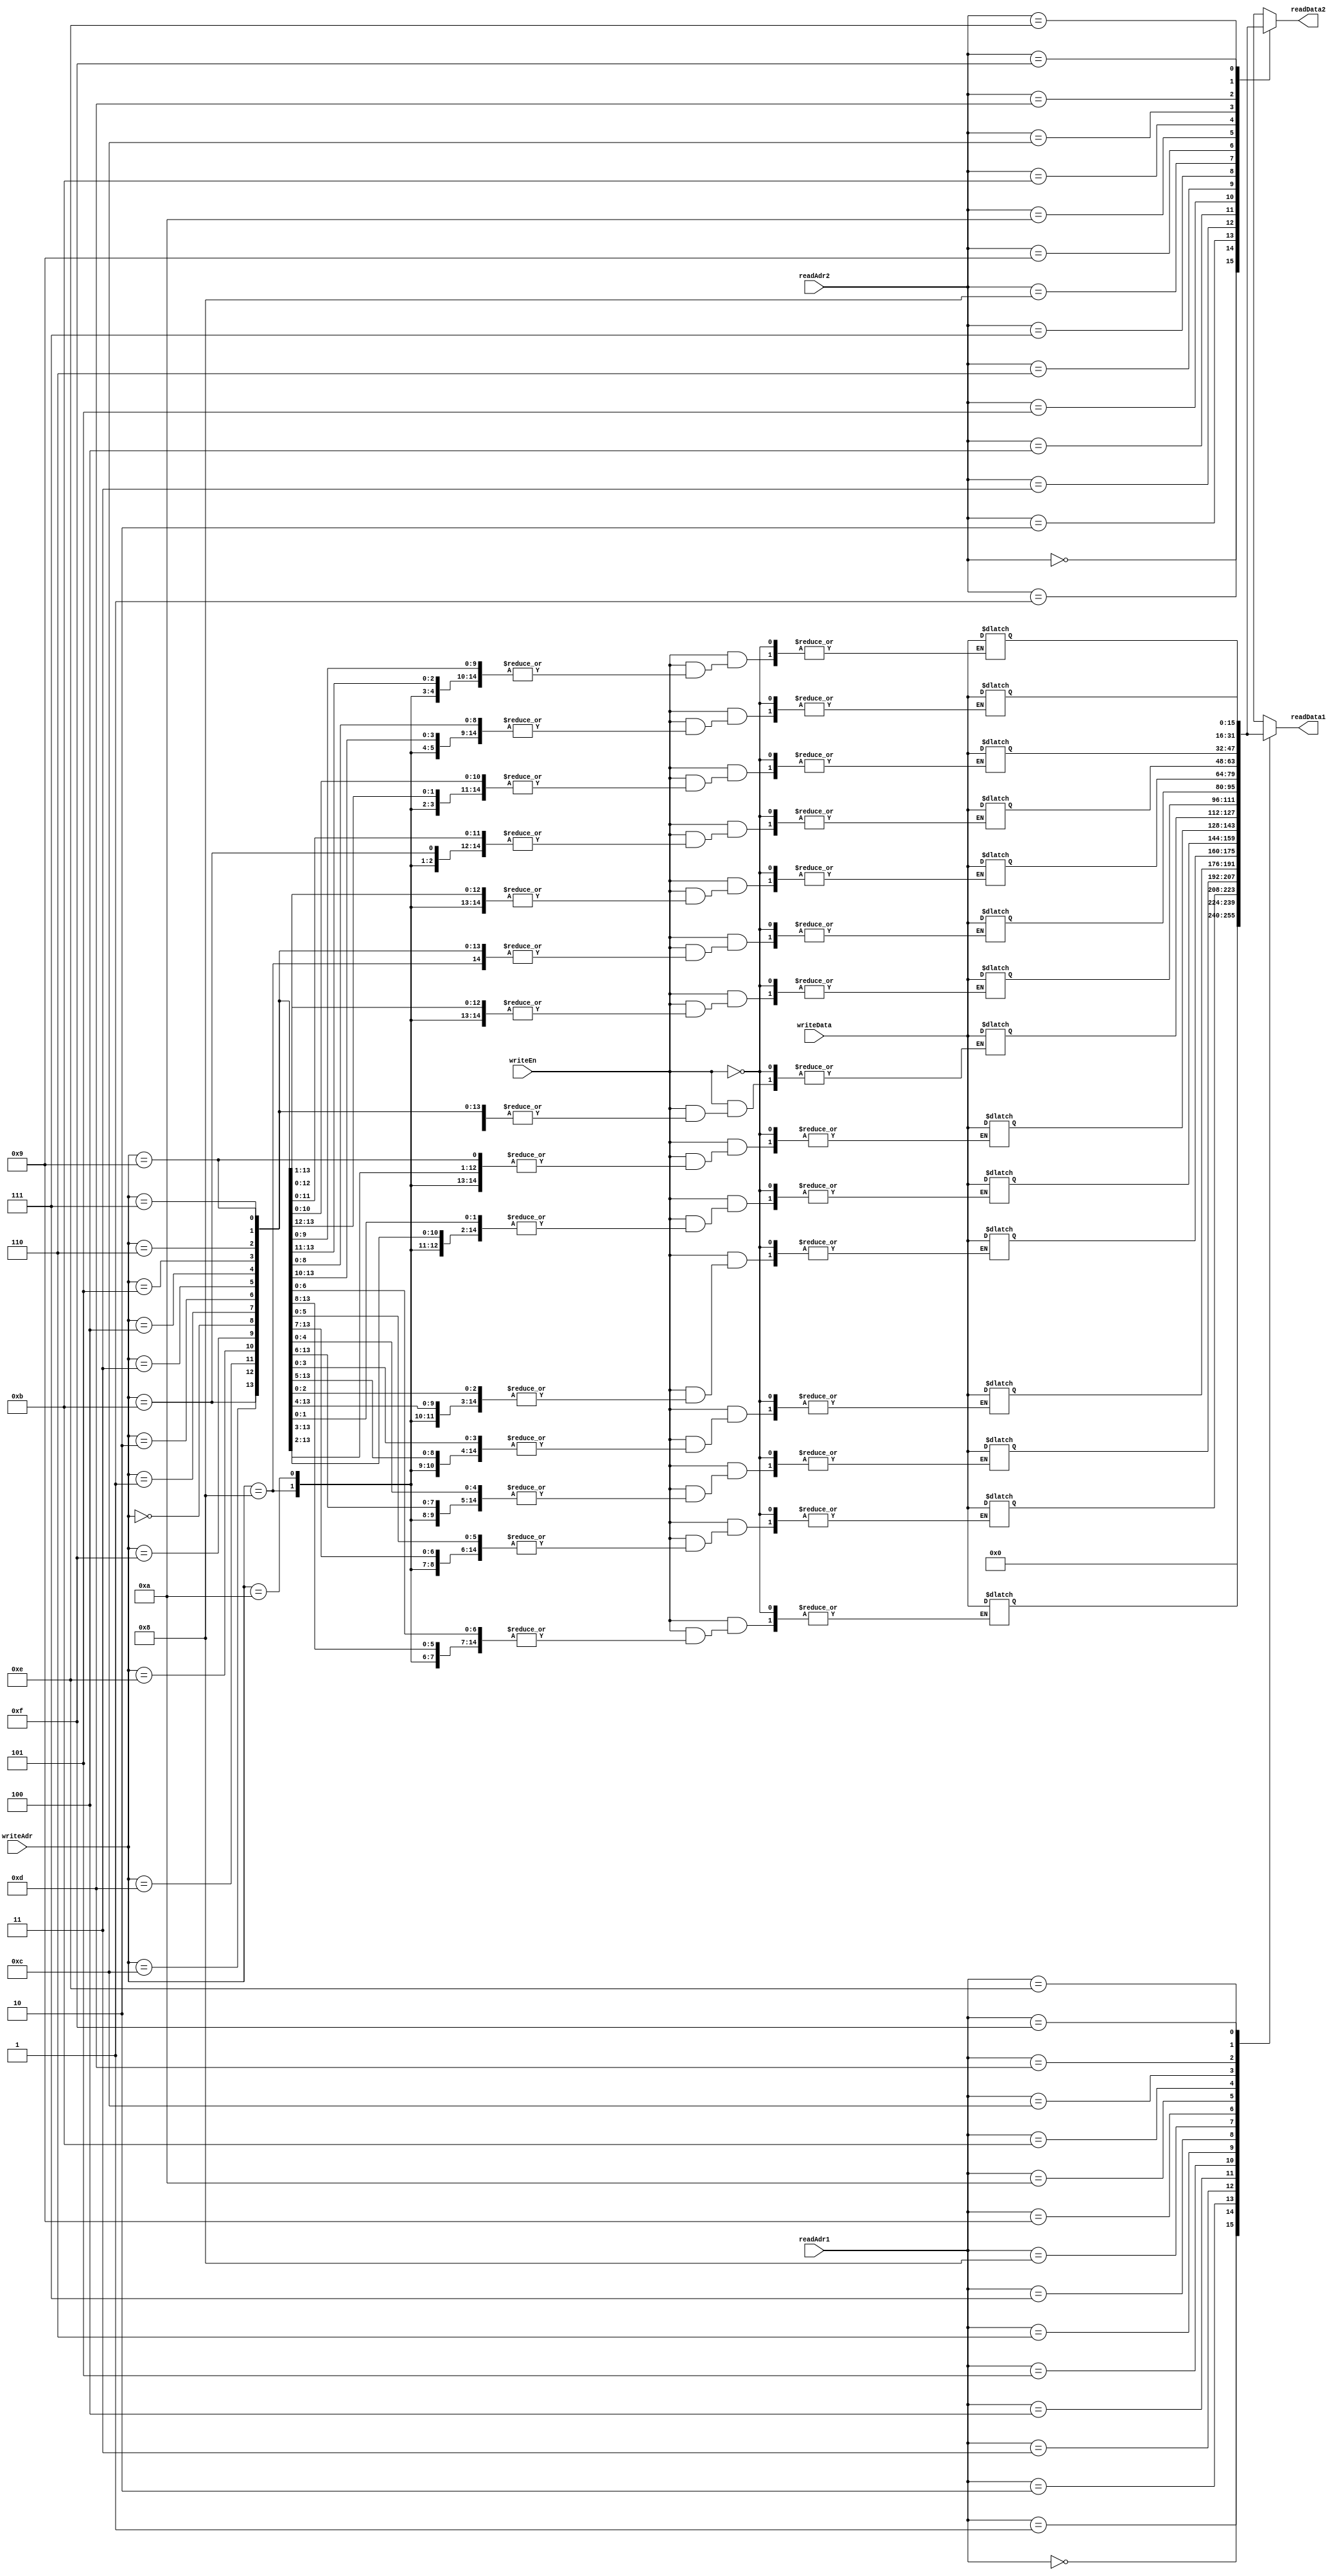
module regfile (
		readAdr1,readAdr2,readData1,readData2,
		writeEn,writeAdr,writeData);

	
	input [3:0] readAdr1,readAdr2;
	
	input writeEn;
	input [3 :0] writeAdr;
	input [15:0] writeData;	
	
	output [15:0] readData1,readData2;

	

	reg [15:0] rf [0:15];

	always @(*)	begin
		if(writeEn)	begin
			#1; rf[writeAdr] = writeData;
			rf[0] = 0;
		end
		
	end
	assign readData1 = rf[readAdr1];
	assign readData2 = rf[readAdr2];
	integer i;
	initial begin 
		for(i=0;i<=15;i=i+1)
			rf[i] = 0;
	end
endmodule